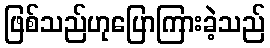
ဖြစ်သည်ဟုပြောကြားခဲ့သည်